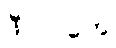
ဖီလင်တွေ